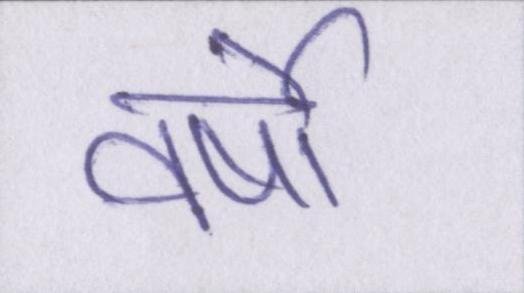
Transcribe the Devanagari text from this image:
वर्षो